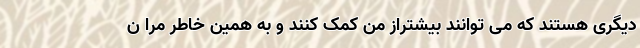
دیگری هستند که می توانند بیشتراز من کمک کنند و به همین خاطر مرا ن